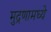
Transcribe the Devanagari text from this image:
मुद्रणामध्ये